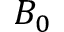
B _ { 0 }